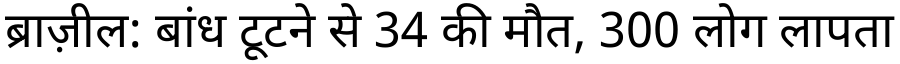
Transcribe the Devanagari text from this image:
ब्राज़ील: बांध टूटने से 34 की मौत, 300 लोग लापता